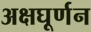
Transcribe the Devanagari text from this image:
अक्षघूर्णन